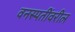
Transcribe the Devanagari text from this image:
वनस्पतींवरील